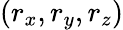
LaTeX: (r_{x},r_{y},r_{z})